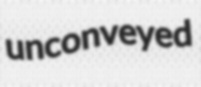
unconveyed